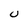
Character: U